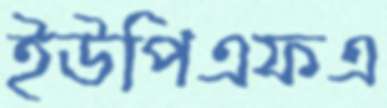
ইউপিএফএ